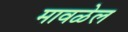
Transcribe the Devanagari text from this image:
मावळेल